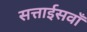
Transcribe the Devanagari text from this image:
सत्ताईसवाँ